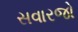
સવારજો